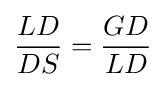
{{LD} \over {DS}}={{GD} \over {LD}}